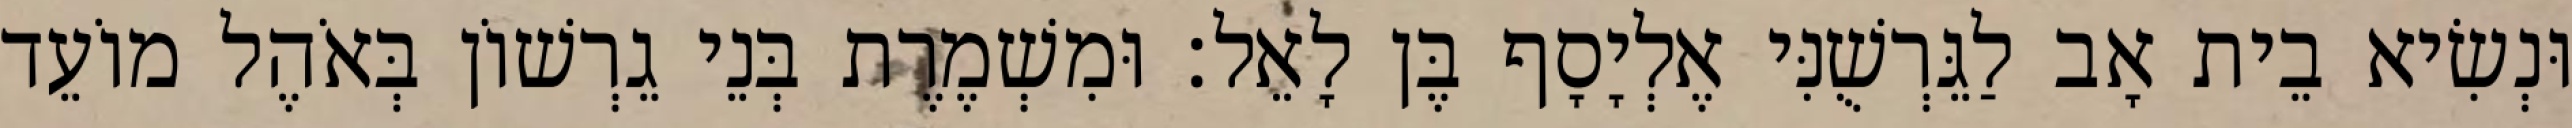
וּנְשִׂיא בֵית אָב לַגֵּרְשֻׁנִּי אֶלְיָסָף בֶּן לָאֵל׃ וּמִשְׁמֶרֶת בְּנֵי גֵרְשׁוֹן בְּאֹהֶל מוֹעֵד